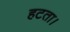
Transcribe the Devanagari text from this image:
हटता।